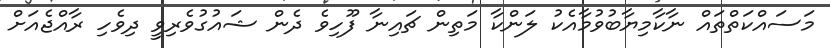
މަސައްކަތްތައް ނާކާމިޔާބުވުމާއެކު ލަންކާ މަތިން ޗައިނާ ފޫހިވެ ދެން ޝައުގުވެރިވީ ދިވެހި ރާއްޖެއަށް